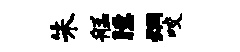
朱艋臆炯咬